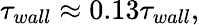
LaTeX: \tau_{wall}\approx 0.13\tau_{wall},